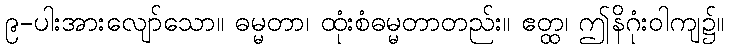
၉-ပါးအားလျော်သော။ ဓမ္မတာ၊ ထုံးစံဓမ္မတာတည်း။ ဧတ္ထ၊ ဤနိဂုံးဝါကျ၌။